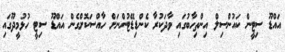
އައްޑޫ ސިޓީން ކައުންސިލް އިންތިހާބުގައި ވާދަކުރާ ކެންޑިޑޭޓުންނަށް ހާއްސަކޮށްގެން އައްޑޫ ސިޓީ ހުޅުމީދޫގައި